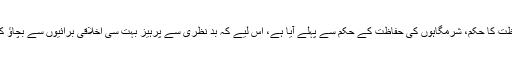
نظر کی حفاظت کا حکم، شرمگاہوں کی حفاظت کے حکم سے پہلے آیا ہے، اس لیے کہ بد نظری سے پرہیز بہت سی اخلاقی برائیوں سے بچاؤ کا ذریعہ ہے۔